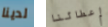
لدينا إعطائنا